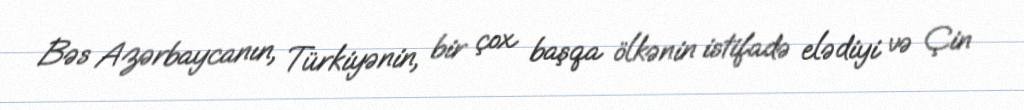
Bəs Azərbaycanın, Türkiyənin, bir çox başqa ölkənin istifadə elədiyi və Çin